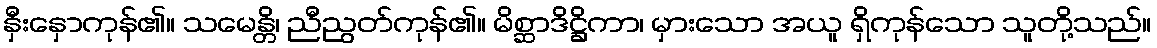
နှီးနှောကုန်၏။ သမေန္တိ၊ ညီညွတ်ကုန်၏။ မိစ္ဆာဒိဋ္ဌိကာ၊ မှားသော အယူ ရှိကုန်သော သူတို့သည်။